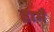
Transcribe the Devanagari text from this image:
हामै